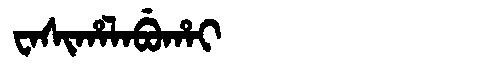
Manchu: ᠸᠠᠰᡳᡥᠠᠯᠠᠪᡠᡥᠠᡳ
Romanization: WASIHALABUHAI